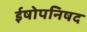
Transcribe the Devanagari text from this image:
ईषोपनिषद